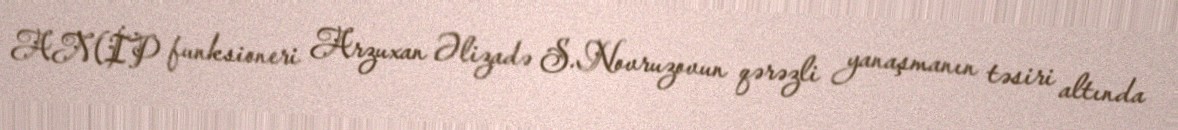
AMİP funksioneri Arzuxan Əlizadə S.Novruzovun qərəzli yanaşmanın təsiri altında